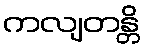
ကလျတန္တိ